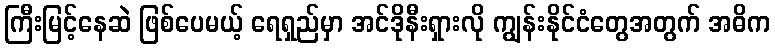
ကြီးမြင့်နေဆဲ ဖြစ်ပေမယ့် ရေရှည်မှာ အင်ဒိုနီးရှားလို ကျွန်းနိုင်ငံတွေအတွက် အဓိက